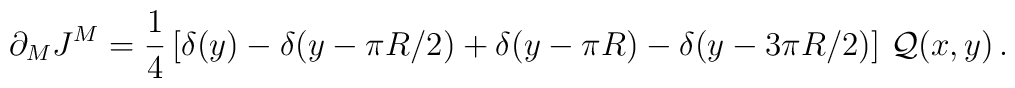
\partial_M J^M=\frac{1}{4}\left[\delta(y)-\delta(y-\pi R/2)+\delta(y-\pi R)-\delta(y-3\pi R/2)\right]\,{\cal Q}(x,y)\, .